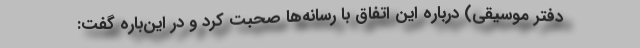
دفتر موسیقی) درباره این اتفاق با رسانه‌ها صحبت کرد و در این‌باره گفت: